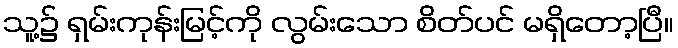
သူ့၌ ရှမ်းကုန်းမြင့်ကို လွမ်းသော စိတ်ပင် မရှိတော့ပြီ။